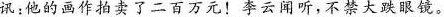
讯；他的画作抬卖了二百万元！李云闻听，不禁大跌眼饿。